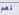
نعم